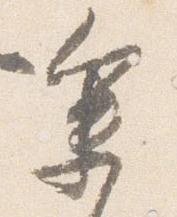
参